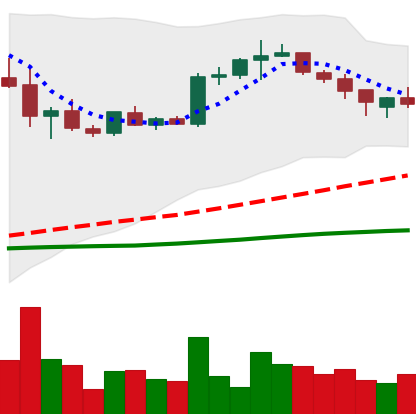
Ticker: BTC-USD
Chart end date: 2015-08-03
Forward return: -7.194%
Label: down_7plus